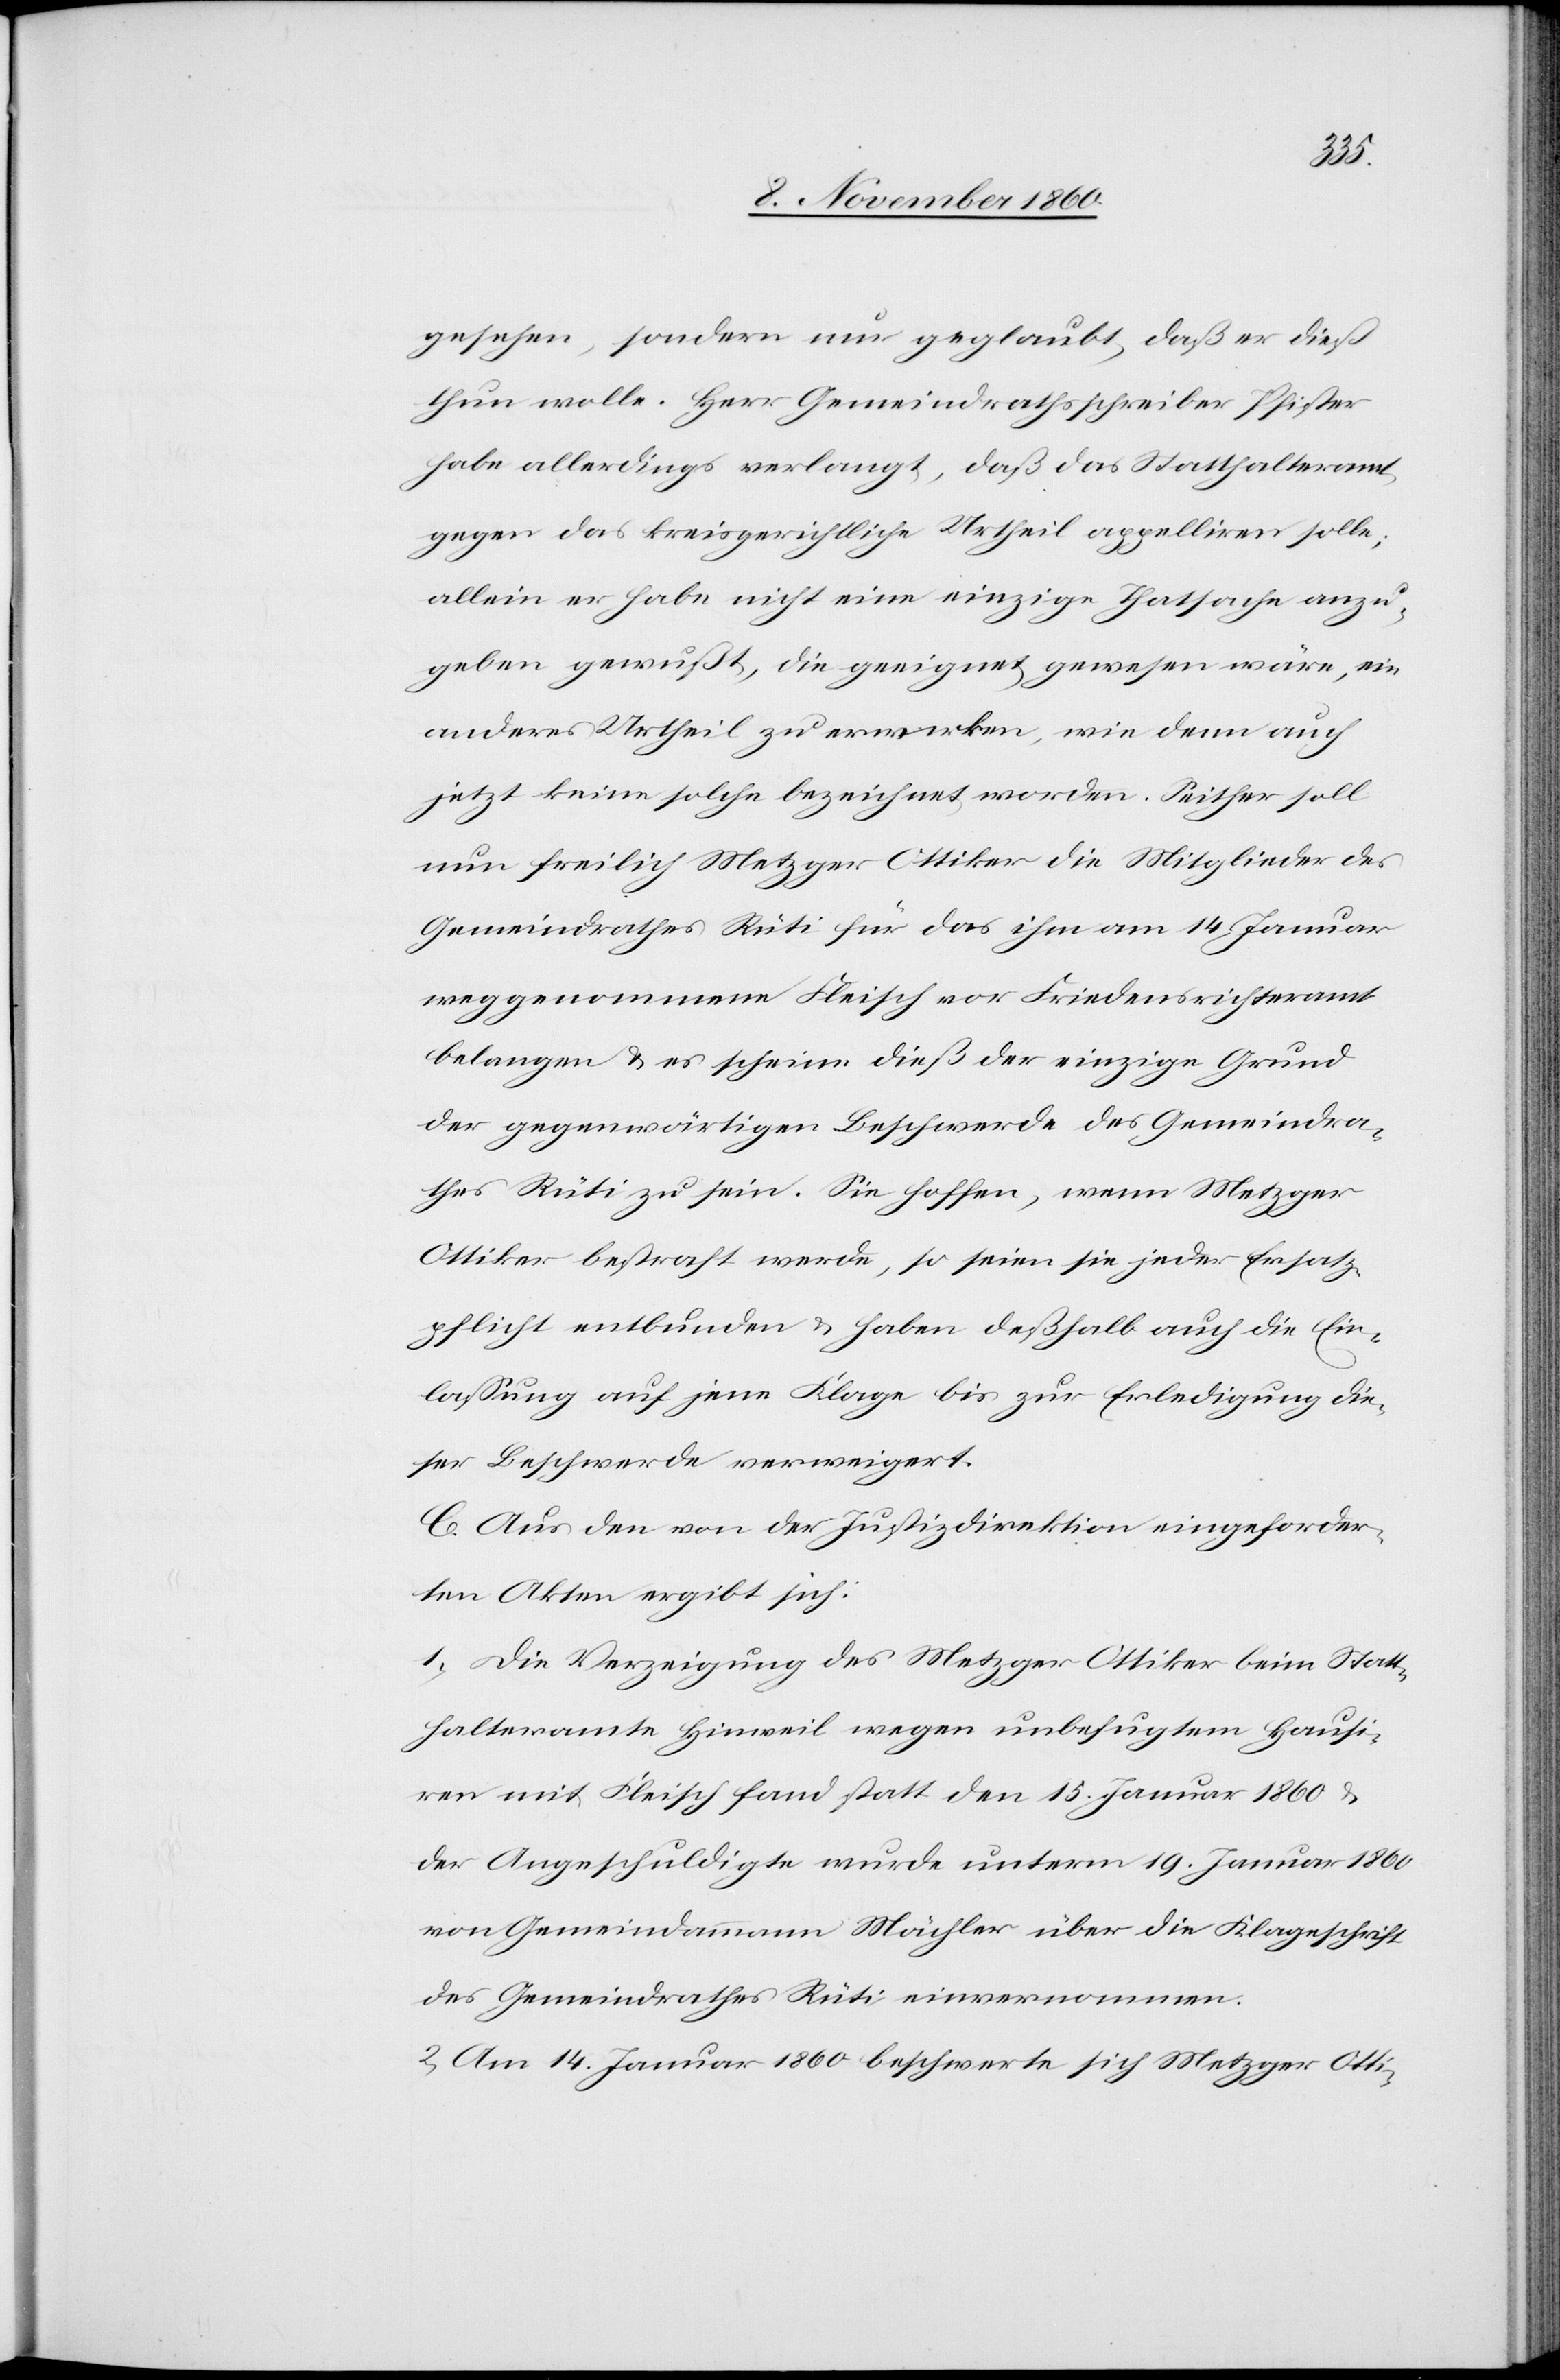
gesehen, sondern nur geglaubt, daß er dieß
thun wolle. Herr Gemeindrathsschreiber Pfister
habe allerdings verlangt, daß das Statthalteramt
gegen das kreisgerichtliche Urtheil appelliren solle;
allein er habe nicht eine einzige Thatsache anzu¬
geben gewußt, die geeignet gewesen wäre, ein
anderes Urtheil zu erwerken, wie denn auch
jetzt keine solche bezeichnet worden. Seither soll
nun freilich Metzger Ottiker die Mitglieder des
Gemeindrathes Rüti für das ihm am 14. Januar
weggenommene Fleisch vor Friedensrichteramt
belangen u. es scheine dieß der einzige Grund
der gegenwärtigen Beschwerde des Gemeindra¬
thes Rüti zu sein. Sie hoffen, wenn Metzger
Ottiker bestraft werde, so seien sie jeder Ersatz¬
pflicht entbunden u. haben deßhalb auch die Ein¬
laßung auf jene Klage bis zur Erledigung die¬
ser Beschwerde verweigert.
C. Aus den von der Justizdirektion eingeforder¬
ten Akten ergibt sich:
1. Die Verzeigung des Metzger Ottiker beim Statt¬
halteramte Hinweil wegen unbefugtem Hausi¬
ren mit Fleisch fand statt den 15. Januar 1860 u.
der Angeschuldigte wurde unterm 19. Januar 1860
von Gemeindammann Mähler über die Klageschrift
des Gemeindrathes Rüti einvernommen.
2. Am 14. Januar 1860 beschwert sich Metzger Otti-